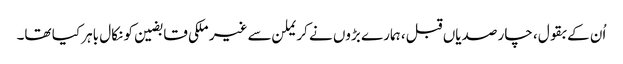
اُن کے بقول، چار صدیاں قبل، ہمارے بڑوں نے کریملن سے غیر ملکی قابضین کو نکال باہر کیا تھا۔